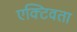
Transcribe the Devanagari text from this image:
एक्टिवता